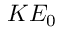
K E _ { 0 }